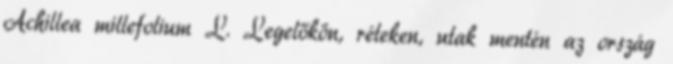
Achillea millefolium L. Legelőkön, réteken, utak mentén az ország